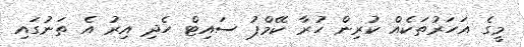
މީގެ އަހަރުތަކެއް ކުރިން ހުރާ ކޭމްޕު ސައިޓް ހެދި އިރު އެ ތަނުގައި